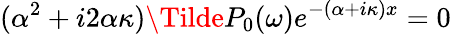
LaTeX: (\alpha^{2}+i2\alpha\kappa)\Tilde{P}_{0}(\omega)e^{-(\alpha+i\kappa)x}=0